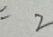
= 2